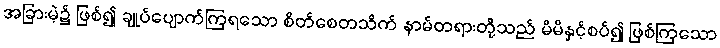
အခြားမဲ့၌ ဖြစ်၍ ချုပ်ပျောက်ကြရသော စိတ်စေတသိက် နာမ်တရားတို့သည် မိမိနှင့်စပ်၍ ဖြစ်ကြသော